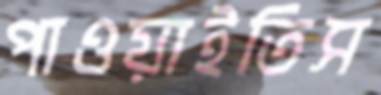
পাওয়াইতিস